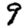
Digit: 9